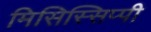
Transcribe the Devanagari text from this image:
मिसिस्सिप्पी